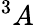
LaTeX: ^3A